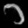
Digit: ၁